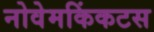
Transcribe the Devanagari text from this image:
नोवेमकिंकटस